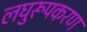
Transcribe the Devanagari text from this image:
लघुरूपकरण